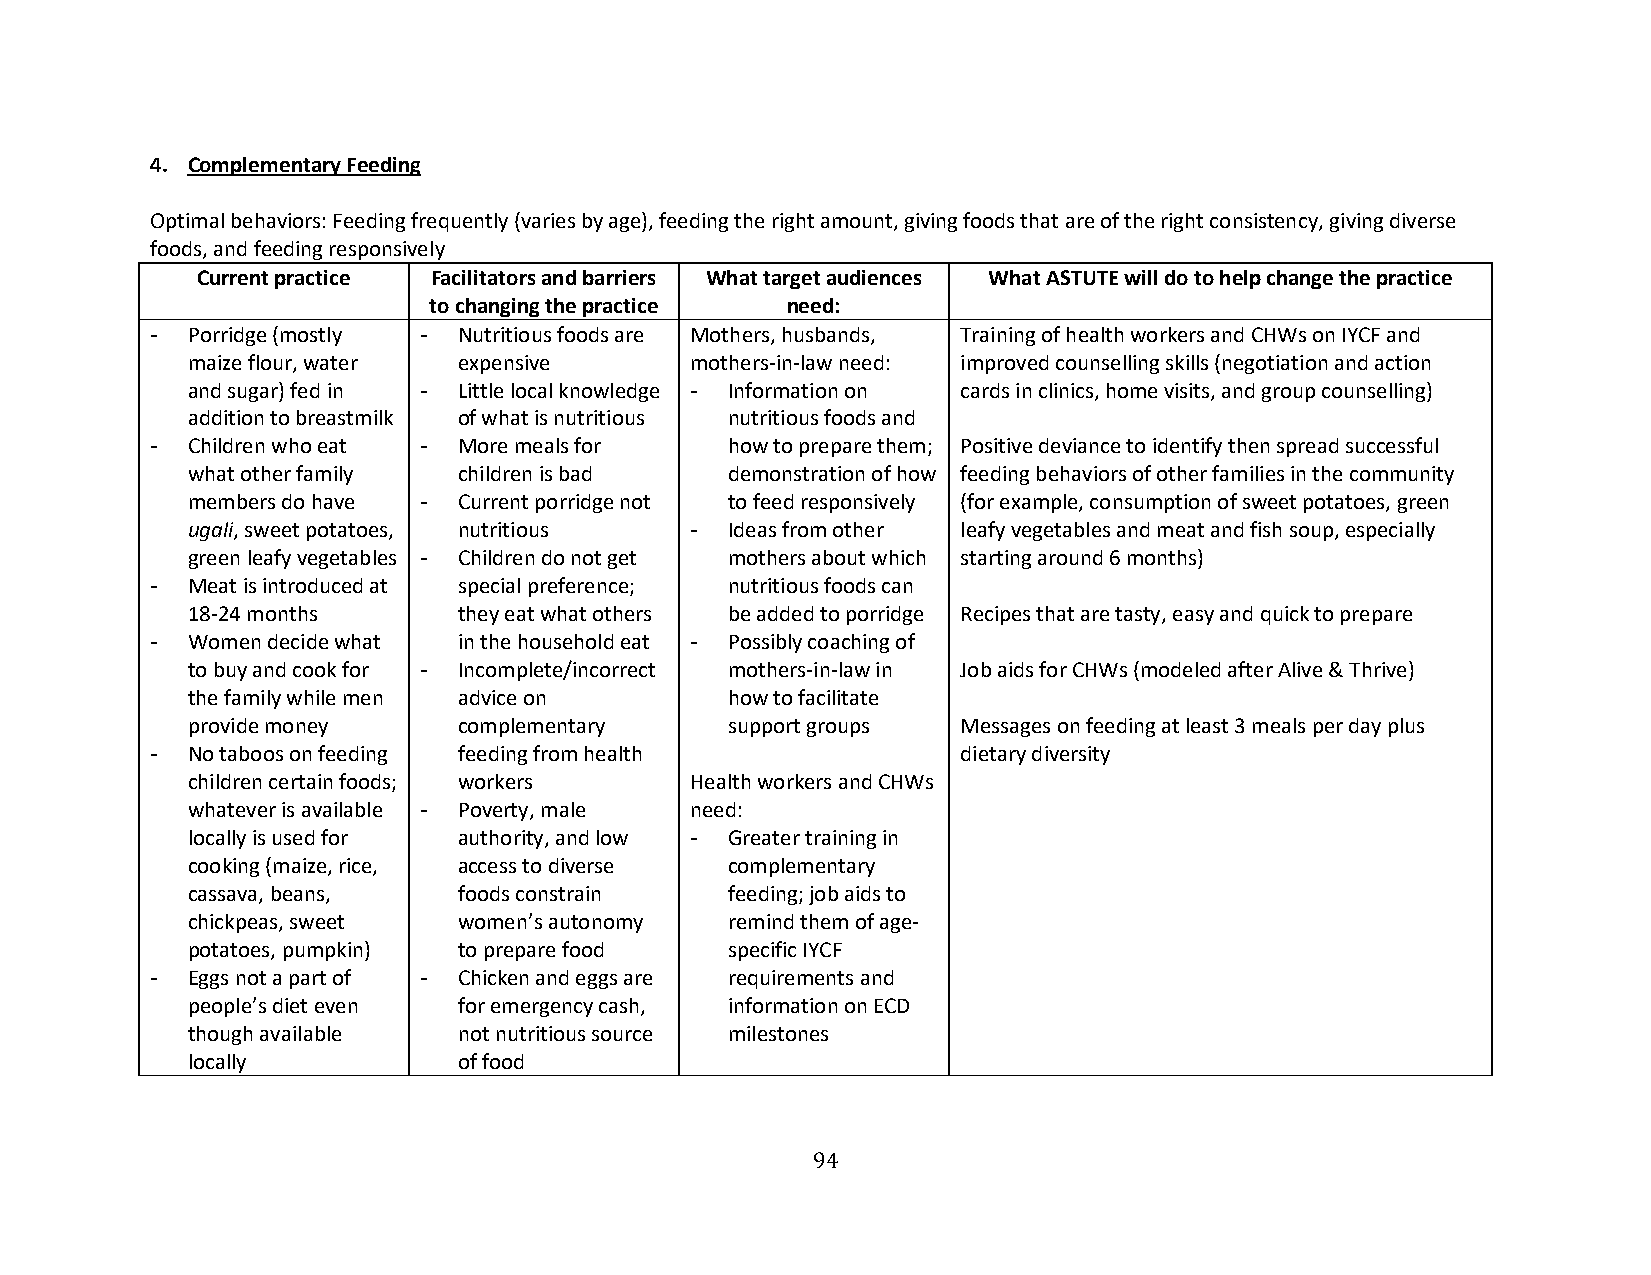
4. Complementary Feeding
 Optimal behaviors: Feeding frequently (varies by age), feeding the right amount, giving foods that are of the right consistency, giving diverse
 foods, and feeding responsively
 Current practice Facilitators and barriers What target audiences What ASTUTE will do to help change the practice
 to changing the practice need:
 - Porridge (mostly - Nutritious foods are Mothers, husbands, Training of health workers and CHWs on IYCF and
 maize flour, water expensive      mothers-in-law need: improved counselling skills (negotiation and action
 and sugar) fed in - Little local knowledge - Information on cards in clinics, home visits, and group counselling)
 addition to breastmilk of what is nutritious nutritious foods and
 - Children who eat - More meals for   how to prepare them; Positive deviance to identify then spread successful
 what other family children is bad   demonstration of how feeding behaviors of other families in the community
 members do have - Current porridge not to feed responsively (for example, consumption of sweet potatoes, green
 ugali, sweet potatoes, nutritious - Ideas from other leafy vegetables and meat and fish soup, especially
 green leafy vegetables - Children do not get mothers about which starting around 6 months)
 - Meat is introduced at special preference; nutritious foods can
 18-24 months      they eat what others be added to porridge Recipes that are tasty, easy and quick to prepare
 - Women decide what in the household eat - Possibly coaching of
 to buy and cook for - Incomplete/incorrect mothers-in-law in Job aids for CHWs (modeled after Alive & Thrive)
 the family while men advice on      how to facilitate
 provide money     complementary     support groups  Messages on feeding at least 3 meals per day plus
 - No taboos on feeding feeding from health            dietary diversity
 children certain foods; workers   Health workers and CHWs
 whatever is available - Poverty, male need:
 locally is used for authority, and low - Greater training in
 cooking (maize, rice, access to diverse complementary
 cassava, beans,   foods constrain   feeding; job aids to
 chickpeas, sweet  women’s autonomy  remind them of age-
 potatoes, pumpkin) to prepare food  specific IYCF
 - Eggs not a part of - Chicken and eggs are requirements and
 people’s diet even for emergency cash, information on ECD
 though available  not nutritious source milestones
 locally           of food
 94